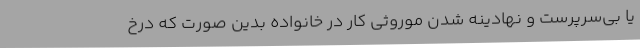
یا بی‌سرپرست و نهادینه شدن موروثی کار در خانواده بدین صورت که درخ